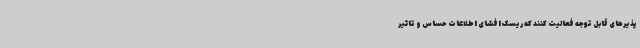
پذیرهای قابل توجه فعالیت کنند که ریسک افشای اطلاعات حساس و تاثیر